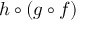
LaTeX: h \circ ( g \circ f )